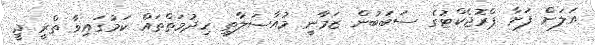
އަލަށް ފަށާ ޕްރޮޖެކްޓުގެ ސަބަބުން ޒަމާނީ މުއާސަލާތީ ހިދުމަތްތައް ކަމުގައިވާ ތްރީ ޖީ